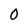
Character: 0